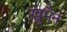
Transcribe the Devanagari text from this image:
ख़ुमैन